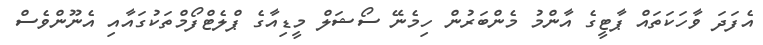
އެފަދަ ވާހަކަތައް ޕާޓީގެ އާންމު މެންބަރުން ހިމެނޭ ސޯޝަލް މީޑިއާގެ ޕްލެޓްފޯމްތަކުގައާއި އެނޫންވެސް